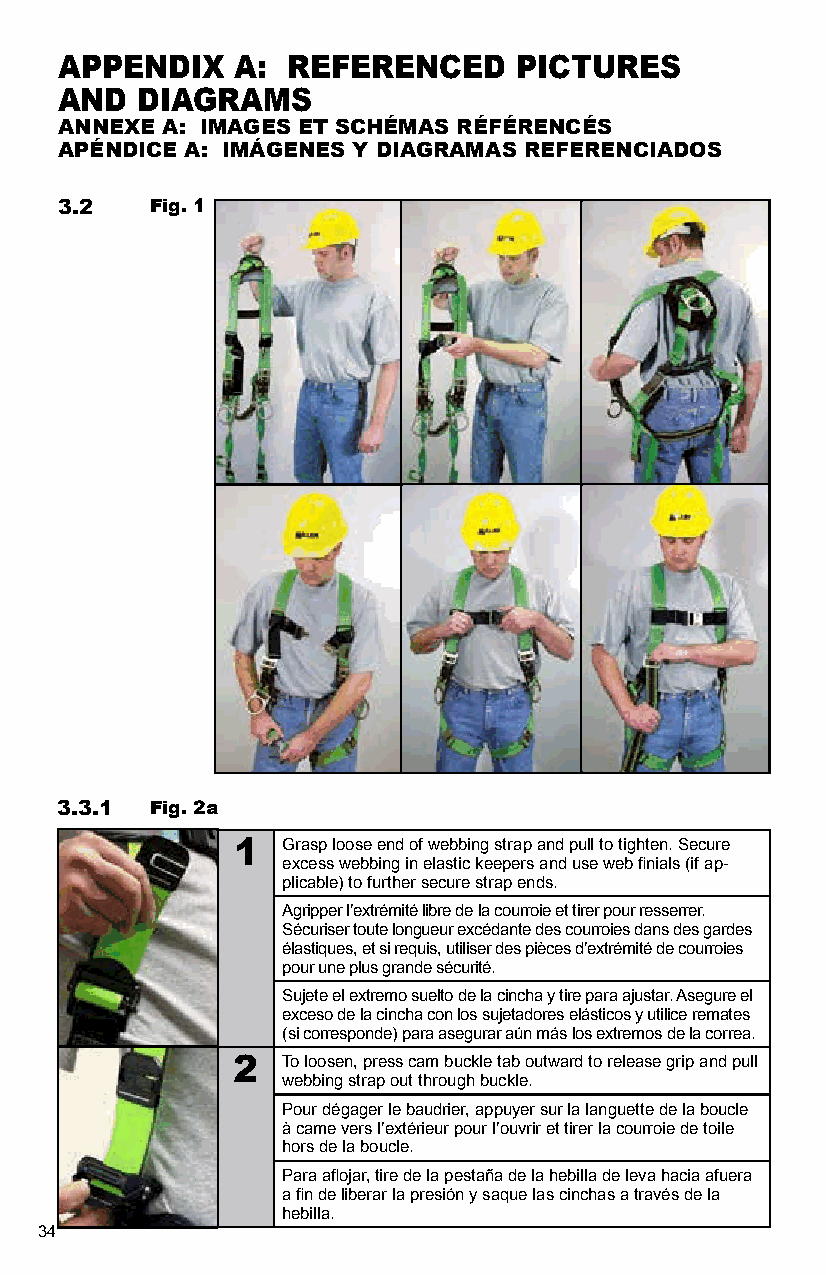
APPENDIX    A: REFERENCED     PICTURES
 AND  DIAGRAMS
 ANNEXE A: IMAGES ET SCHÉMAS RÉFÉRENCÉS
 APÉNDICE A: IMÁGENES Y DIAGRAMAS REFERENCIADOS
 3.2   Fig. 1
 3.3.1 Fig. 2a
 1   Grasp loose end of webbing strap and pull to tighten. Secure
 excess webbing in elastic keepers and use web finials (if ap-
 plicable) to further secure strap ends.
 Agripper l’extrémité libre de la courroie et tirer pour resserrer.
 Sécuriser toute longueur excédante des courroies dans des gardes
 élastiques, et si requis, utiliser des pièces d’extrémité de courroies
 pour une plus grande sécurité.
 Sujete el extremo suelto de la cincha y tire para ajustar. Asegure el
 exceso de la cincha con los sujetadores elásticos y utilice remates
 (si corresponde) para asegurar aún más los extremos de la correa.
 2   To loosen, press cam buckle tab outward to release grip and pull
 webbing strap out through buckle.
 Pour dégager le baudrier, appuyer sur la languette de la boucle
 à came vers l’extérieur pour l’ouvrir et tirer la courroie de toile
 hors de la boucle.
 Para aflojar, tire de la pestaña de la hebilla de leva hacia afuera
 a fin de liberar la presión y saque las cinchas a través de la
 hebilla.
 34